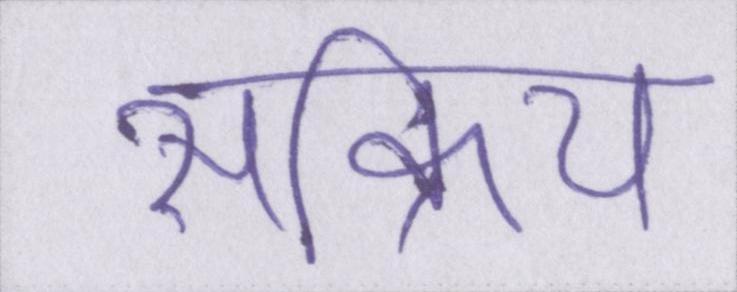
सक्रिय